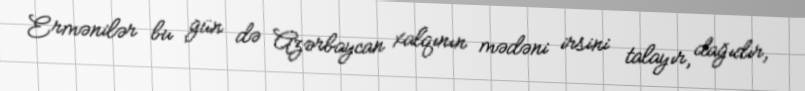
Ermənilər bu gün də Azərbaycan xalqının mədəni irsini talayır, dağıdır,